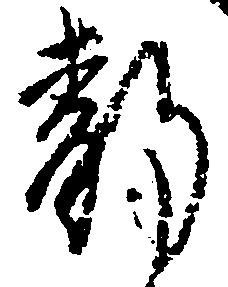
静